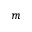
m